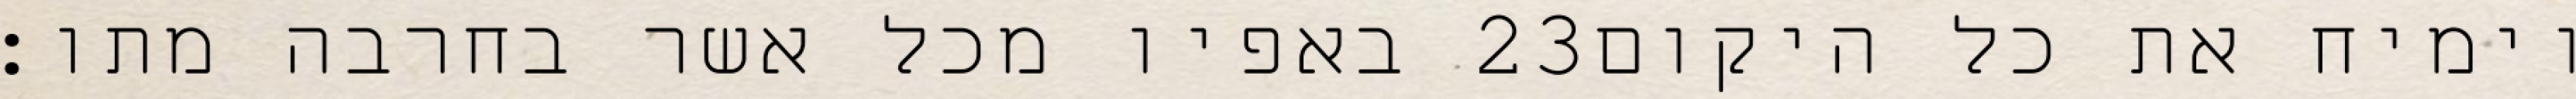
באפיו מכל אשר בחרבה מתו׃ ‎23‏ וימיח את כל היקום